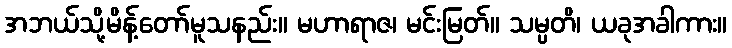
အဘယ်သို့မိန့်တော်မူသနည်း။ မဟာရာဇ၊ မင်းမြတ်။ သမ္ပတိ၊ ယခုအခါကား။